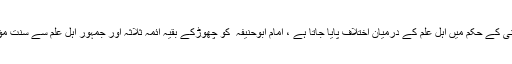
قربانی کا حکم: قربانی کے حکم میں اہل علم کے درمیان اختلاف پایا جاتا ہے ، امام ابوحنیفہ ؒ کو چھوڑکے بقیہ ائمہ ثلاثہ اور جمہور اہل علم سے سنت مؤکدہ ہونا منقول ہے ۔